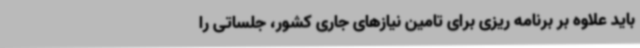
باید علاوه بر برنامه ریزی برای تامین نیازهای جاری کشور، جلساتی را